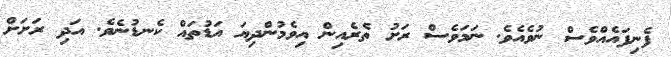
ފެނިފައެއްވެސް ނުވެއެވެ. ނަމަވެސް ރަށު ތެރެއިން އިވެމުންދިޔަ އަޑުތައް ކެނޑުނެވެ. އަދި ރަށަށް